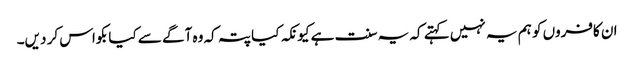
ان کافروں کو ہم یہ نہیں کہتے کہ یہ سنت ہے کیونکہ کیا پتہ کہ وہ آگے سے کیا بکواس کر دیں۔